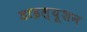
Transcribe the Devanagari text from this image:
डाइल्यूशन